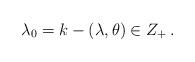
LaTeX: \begin{align*}\lambda_{0}=k-(\lambda,\theta)\in Z_{+}\,.\end{align*}